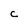
Character: c